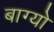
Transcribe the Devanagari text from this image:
बाग्यो